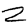
Digit: 2